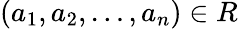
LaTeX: (a_{1},a_{2},\dots,a_{n})\in R